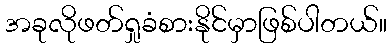
အခုလိုဖတ်ရှုခံစားနိုင်မှာဖြစ်ပါတယ်။